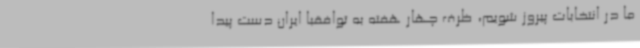
ما در انتخابات پیروز شویم، ظرف چهار هفته به توافقبا ایران دست پیدا